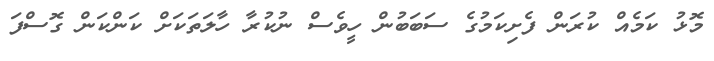
މޮޅު ކަމެއް ކުރަން ފެށިކަމުގެ ސަބަބުން ހީވެސް ނުކުރާ ހާލަތަކަށް ކަންކަން ގޮސްފަ